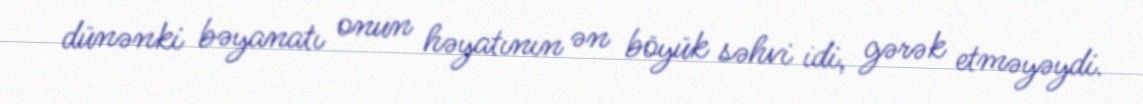
dünənki bəyanatı onun həyatının ən böyük səhvi idi, gərək etməyəydi.